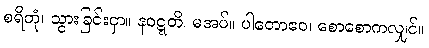
စရိတုံ၊ သွားခြင်းငှာ။ နဝဋ္ဋတိ၊ မအပ်။ ပါတောဧဝ၊ စောစောကလျှင်။